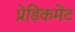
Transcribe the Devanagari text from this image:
प्रेड़िकमेंट